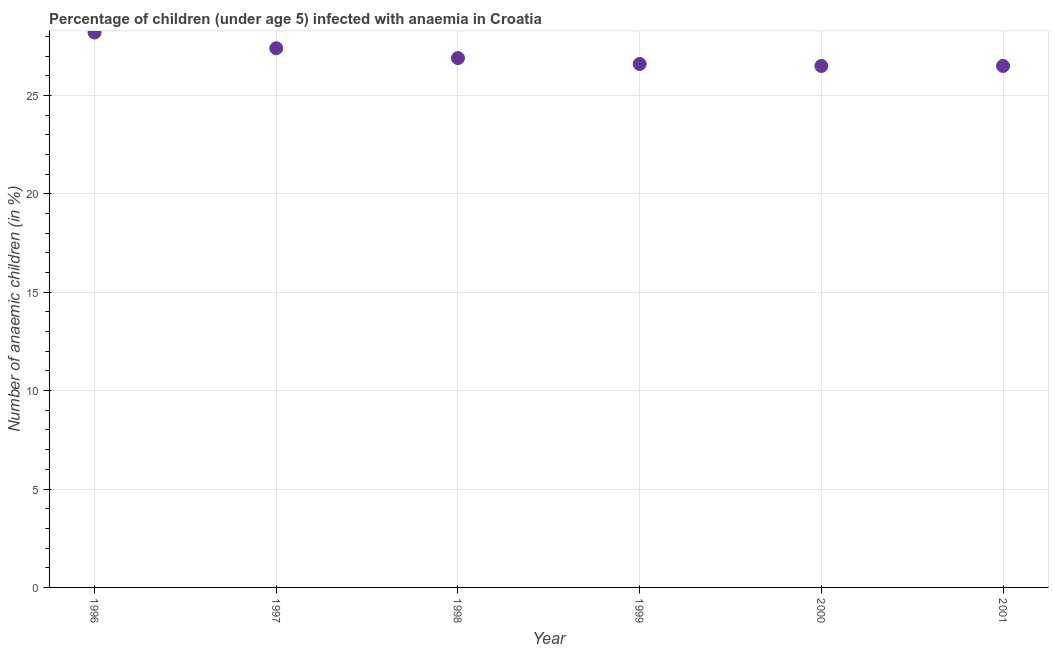
| Year | Prevalence of anemia among children |
 | --- | --- |
 | 1996 | 28.2 |
 | 1997 | 27.4 |
 | 1998 | 26.9 |
 | 1999 | 26.6 |
 | 2000 | 26.5 |
 | 2001 | 26.5 |